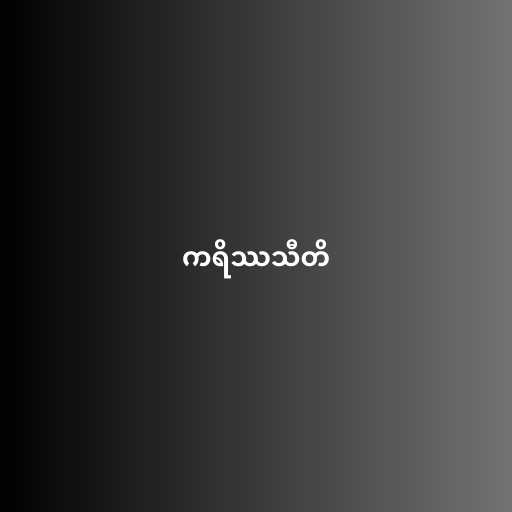
ကရိဿသီတိ